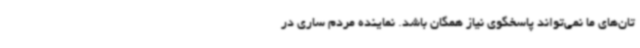
تان‌های ما نمی‌تواند پاسخگوی نیاز همگان باشد. نماینده مردم ساری در